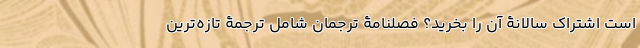
است اشتراک سالانۀ آن را بخرید؟ فصلنامۀ ترجمان شامل ترجمۀ تازه‌ترین